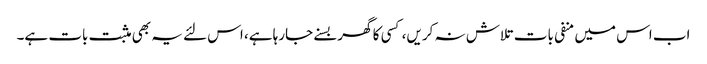
اب اس میں منفی بات تلاش نہ کریں، کسی کا گھر بسنے جارہا ہے، اس لئے یہ بھی مثبت بات ہے۔